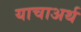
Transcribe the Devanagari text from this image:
याचाअर्थ